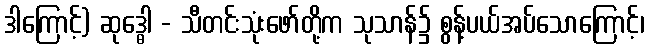
ဒါကြောင့်) ဆုဒ္ဓေါ - သီတင်းသုံးဖော်တို့က သုသာန်၌ စွန့်ပယ်အပ်သောကြောင့်၊